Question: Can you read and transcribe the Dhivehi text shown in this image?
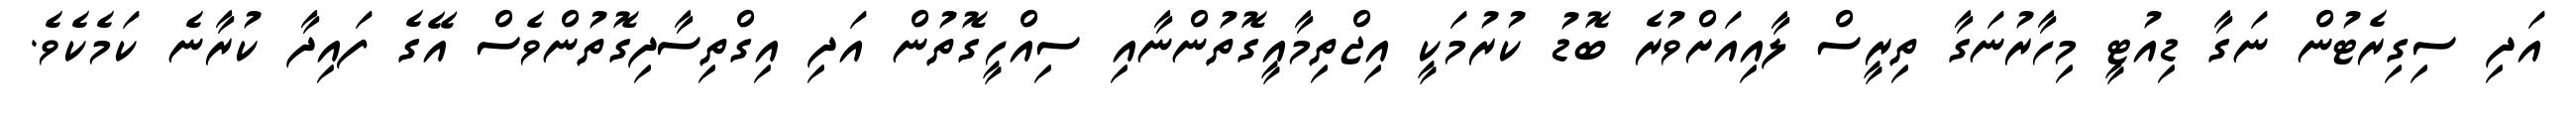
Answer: އަދި ސިގިރެޓުން ނަގާ ޑިއުޓީ މިހާރުނަގާ ތިރީސް ލާއިއަށްވުރެ ބޮޑު ކުރުމަކީ އިޖްތިމާއީގޮތުންނާއި ސިއްހީގޮތުން އަދި އިގްތިސާދިގޮތުންވެސް އޭގެ ފައިދާ ކުރާނެ ކަމެކެވެ.